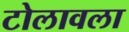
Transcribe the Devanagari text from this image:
टोलावला